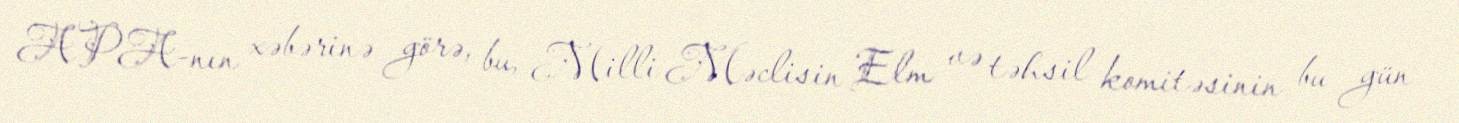
APA-nın xəbərinə görə, bu, Milli Məclisin Elm və təhsil komitəsinin bu gün